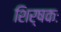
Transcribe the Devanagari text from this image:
शिर्षकः